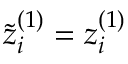
\tilde { z } _ { i } ^ { ( 1 ) } = z _ { i } ^ { ( 1 ) }